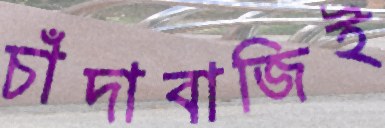
চাঁদাবাজিই